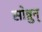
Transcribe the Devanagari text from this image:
सोन्नुन्